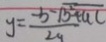
y = \frac { - b - \sqrt { b ^ { 2 } - 4 a c } } { 2 a }